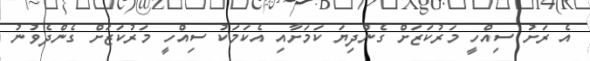
އެ ރަށު ސިއްހީ މަރުކަޒަށް ގެންދިޔަ ކަމަށާއި އެކަމަކު ސިއްހީ މަރުކަޒަށް ގެންދެވުނު